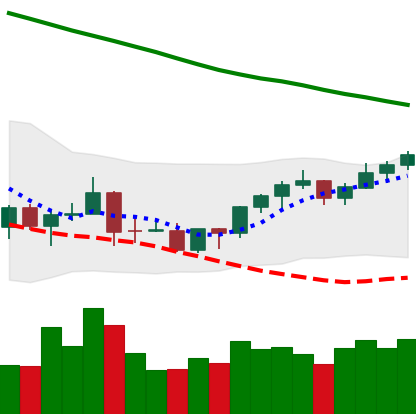
Ticker: BNB-USD
Chart end date: 2022-03-24
Forward return: 4.921%
Label: up_3_5